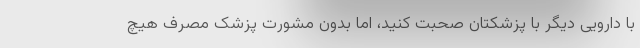
با دارویی دیگر با پزشکتان صحبت کنید، اما بدون مشورت پزشک مصرف هیچ